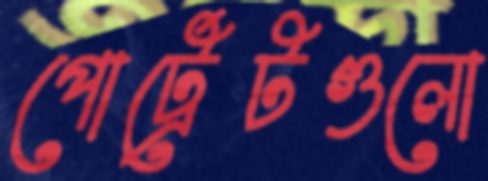
পোর্ট্রেটগুলো